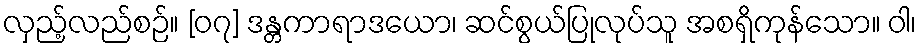
လှည့်လည်စဉ်။ [၀၇] ဒန္တကာရာဒယော၊ ဆင်စွယ်ပြုလုပ်သူ အစရှိကုန်သော။ ဝါ၊